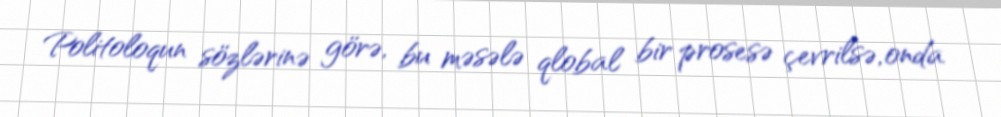
Politoloqun sözlərinə görə, bu məsələ qlobal bir prosesə çevrilsə, onda